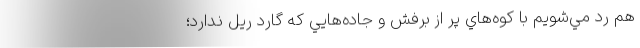
هم رد مي‌شويم با كوه‌هاي پر از برفش و جاده‌هايي كه گارد ريل ندارد؛